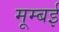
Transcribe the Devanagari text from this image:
मूम्बई